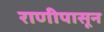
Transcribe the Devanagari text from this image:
राणीपासून